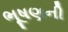
ભૂષણની